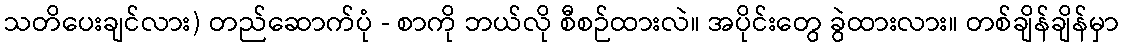
သတိပေးချင်လား) တည်ဆောက်ပုံ - စာကို ဘယ်လို စီစဉ်ထားလဲ။ အပိုင်းတွေ ခွဲထားလား။ တစ်ချိန်ချိန်မှာ